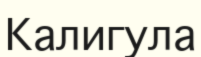
Калигула